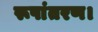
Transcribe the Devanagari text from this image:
रूपांतरण।